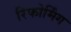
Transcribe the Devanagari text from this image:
रिफोर्मिंग